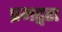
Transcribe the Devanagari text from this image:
प्रमद्वरा